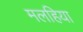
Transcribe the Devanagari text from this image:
मलहिया